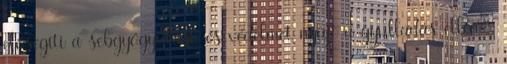
elősegíti a sebgyógyulást, és védelmet nyújt a gyulladás ellen: